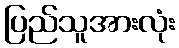
ပြည်သူအားလုံး